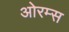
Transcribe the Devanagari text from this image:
ओरम्स